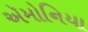
ઍમોનિયા